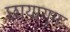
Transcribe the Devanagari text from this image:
छायायुग